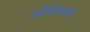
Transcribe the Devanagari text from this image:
लोवेन्हार्ट